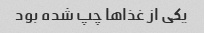
یکی از غذاها چپ شده بود